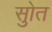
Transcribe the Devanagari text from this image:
सुोत